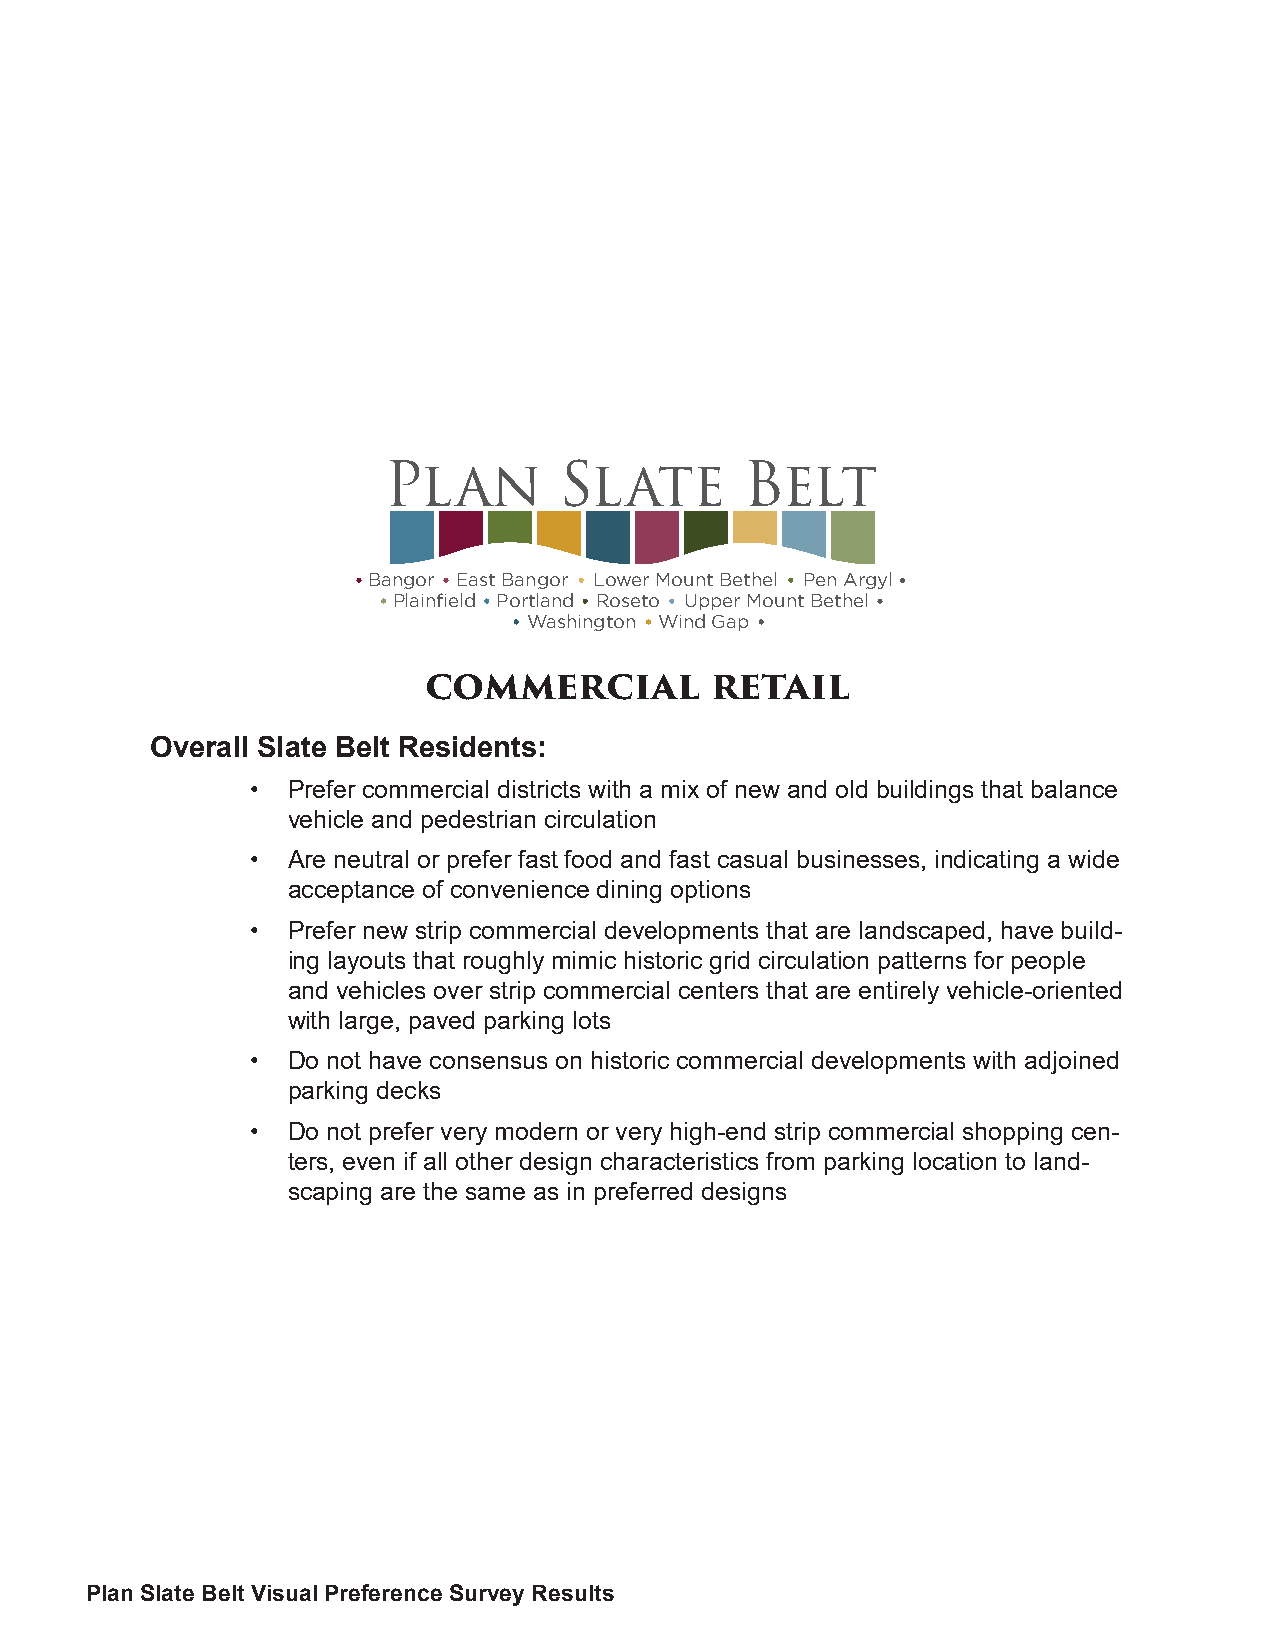
Plan        Slate       Belt
 Bangor East Bangor Lower Mount Bethel Pen Argyl
 Plainfield Portland Roseto Upper Mount Bethel
 Washington Wind Gap
 commercial         retail
 Overall Slate Belt Residents:
 • Prefer commercial districts with a mix of new and old buildings that balance
 vehicle and pedestrian circulation
 • Are neutral or prefer fast food and fast casual businesses, indicating a wide
 acceptance of convenience dining options
 • Prefer new strip commercial developments that are landscaped, have build-
 ing layouts that roughly mimic historic grid circulation patterns for people
 and vehicles over strip commercial centers that are entirely vehicle-oriented
 with large, paved parking lots
 • Do not have consensus on historic commercial developments with adjoined
 parking decks
 • Do not prefer very modern or very high-end strip commercial shopping cen-
 ters, even if all other design characteristics from parking location to land-
 scaping are the same as in preferred designs
 Plan Slate Belt Visual Preference Survey Results